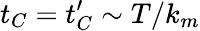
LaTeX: t_{C}=t_{C}^{\prime}\sim T/k_{m}